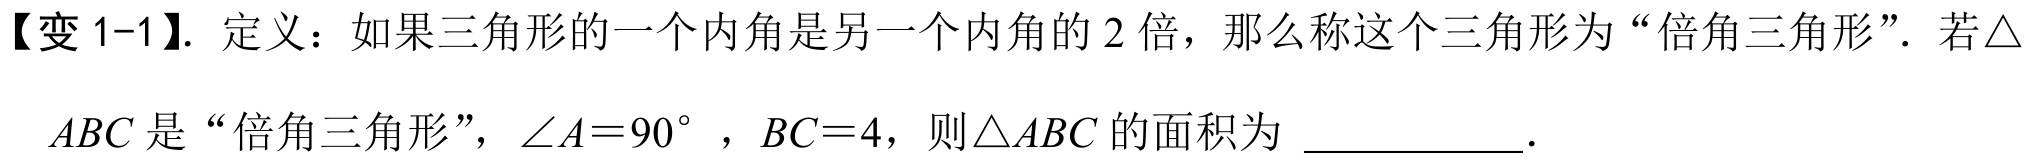
【变 1-1】. 定义：如果三角形的一个内角是另一个内角的 \(2\) 倍，那么称这个三角形为 “倍角三角形”. 若\(\triangle ABC\) 是 “倍角三角形”，\(\angle A = 90^{\circ}\)，\(BC = 4\)，则\(\triangle ABC\) 的面积为 \underline{\qquad\qquad}.